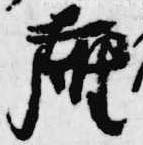
座